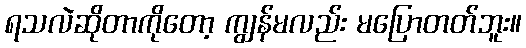
ရသလဲဆိုတာကိုတော့ ကျွန်မလည်း မပြောတတ်ဘူး။